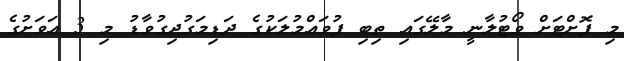
މި ފޮށްޓަށް ވޯޓުލާނީ މާލޭގައި ތިބި ފުވައްމުލަކުގެ ދަޑިމަގުދިގުވާޑު މި 3 އަވަށުގެ